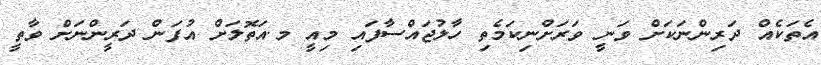
އެތަކެއް ދަރިންނަކަށް ވަނީ ވަރަށްނިކަމެތި ހާލުޖައްސާފައި މިއީ މ.އަތޮލަށް އުފަން ދަރީންނަށް ވާތީ